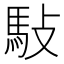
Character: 𬳩